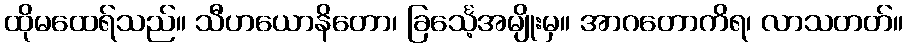
ထိုမထေရ်သည်။ သီဟယောနိတော၊ ခြင်္သေ့အမျိုးမှ။ အာဂတောကိရ၊ လာသတတ်။